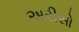
અરીસો